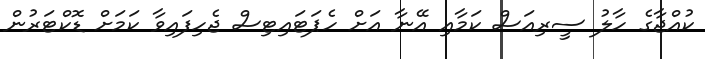
ކުއްޖާގެ ހާލު ސީރިއަސް ކަމާއި އޭނާ އަށް ހެޕަޓައިޓިސް ޖެހިފައިވާ ކަމަށް ޑޮކްޓަރުން